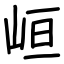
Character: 峘